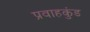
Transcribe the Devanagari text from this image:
प्रवाहकुंड